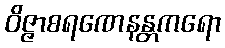
ဝိဇ္ဇာစရဏေနန္တကရော